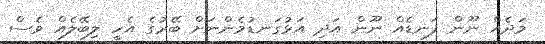
މަދެއް ނޫން ފަނޑެއް ނޫން އަދި އަޅުގަނޑުމެންނަށް ބޭރުގެ އެހީ ލިބޭލެއް ވެސް